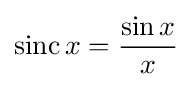
\operatorname {sinc} x={\frac {\sin x}{x}}